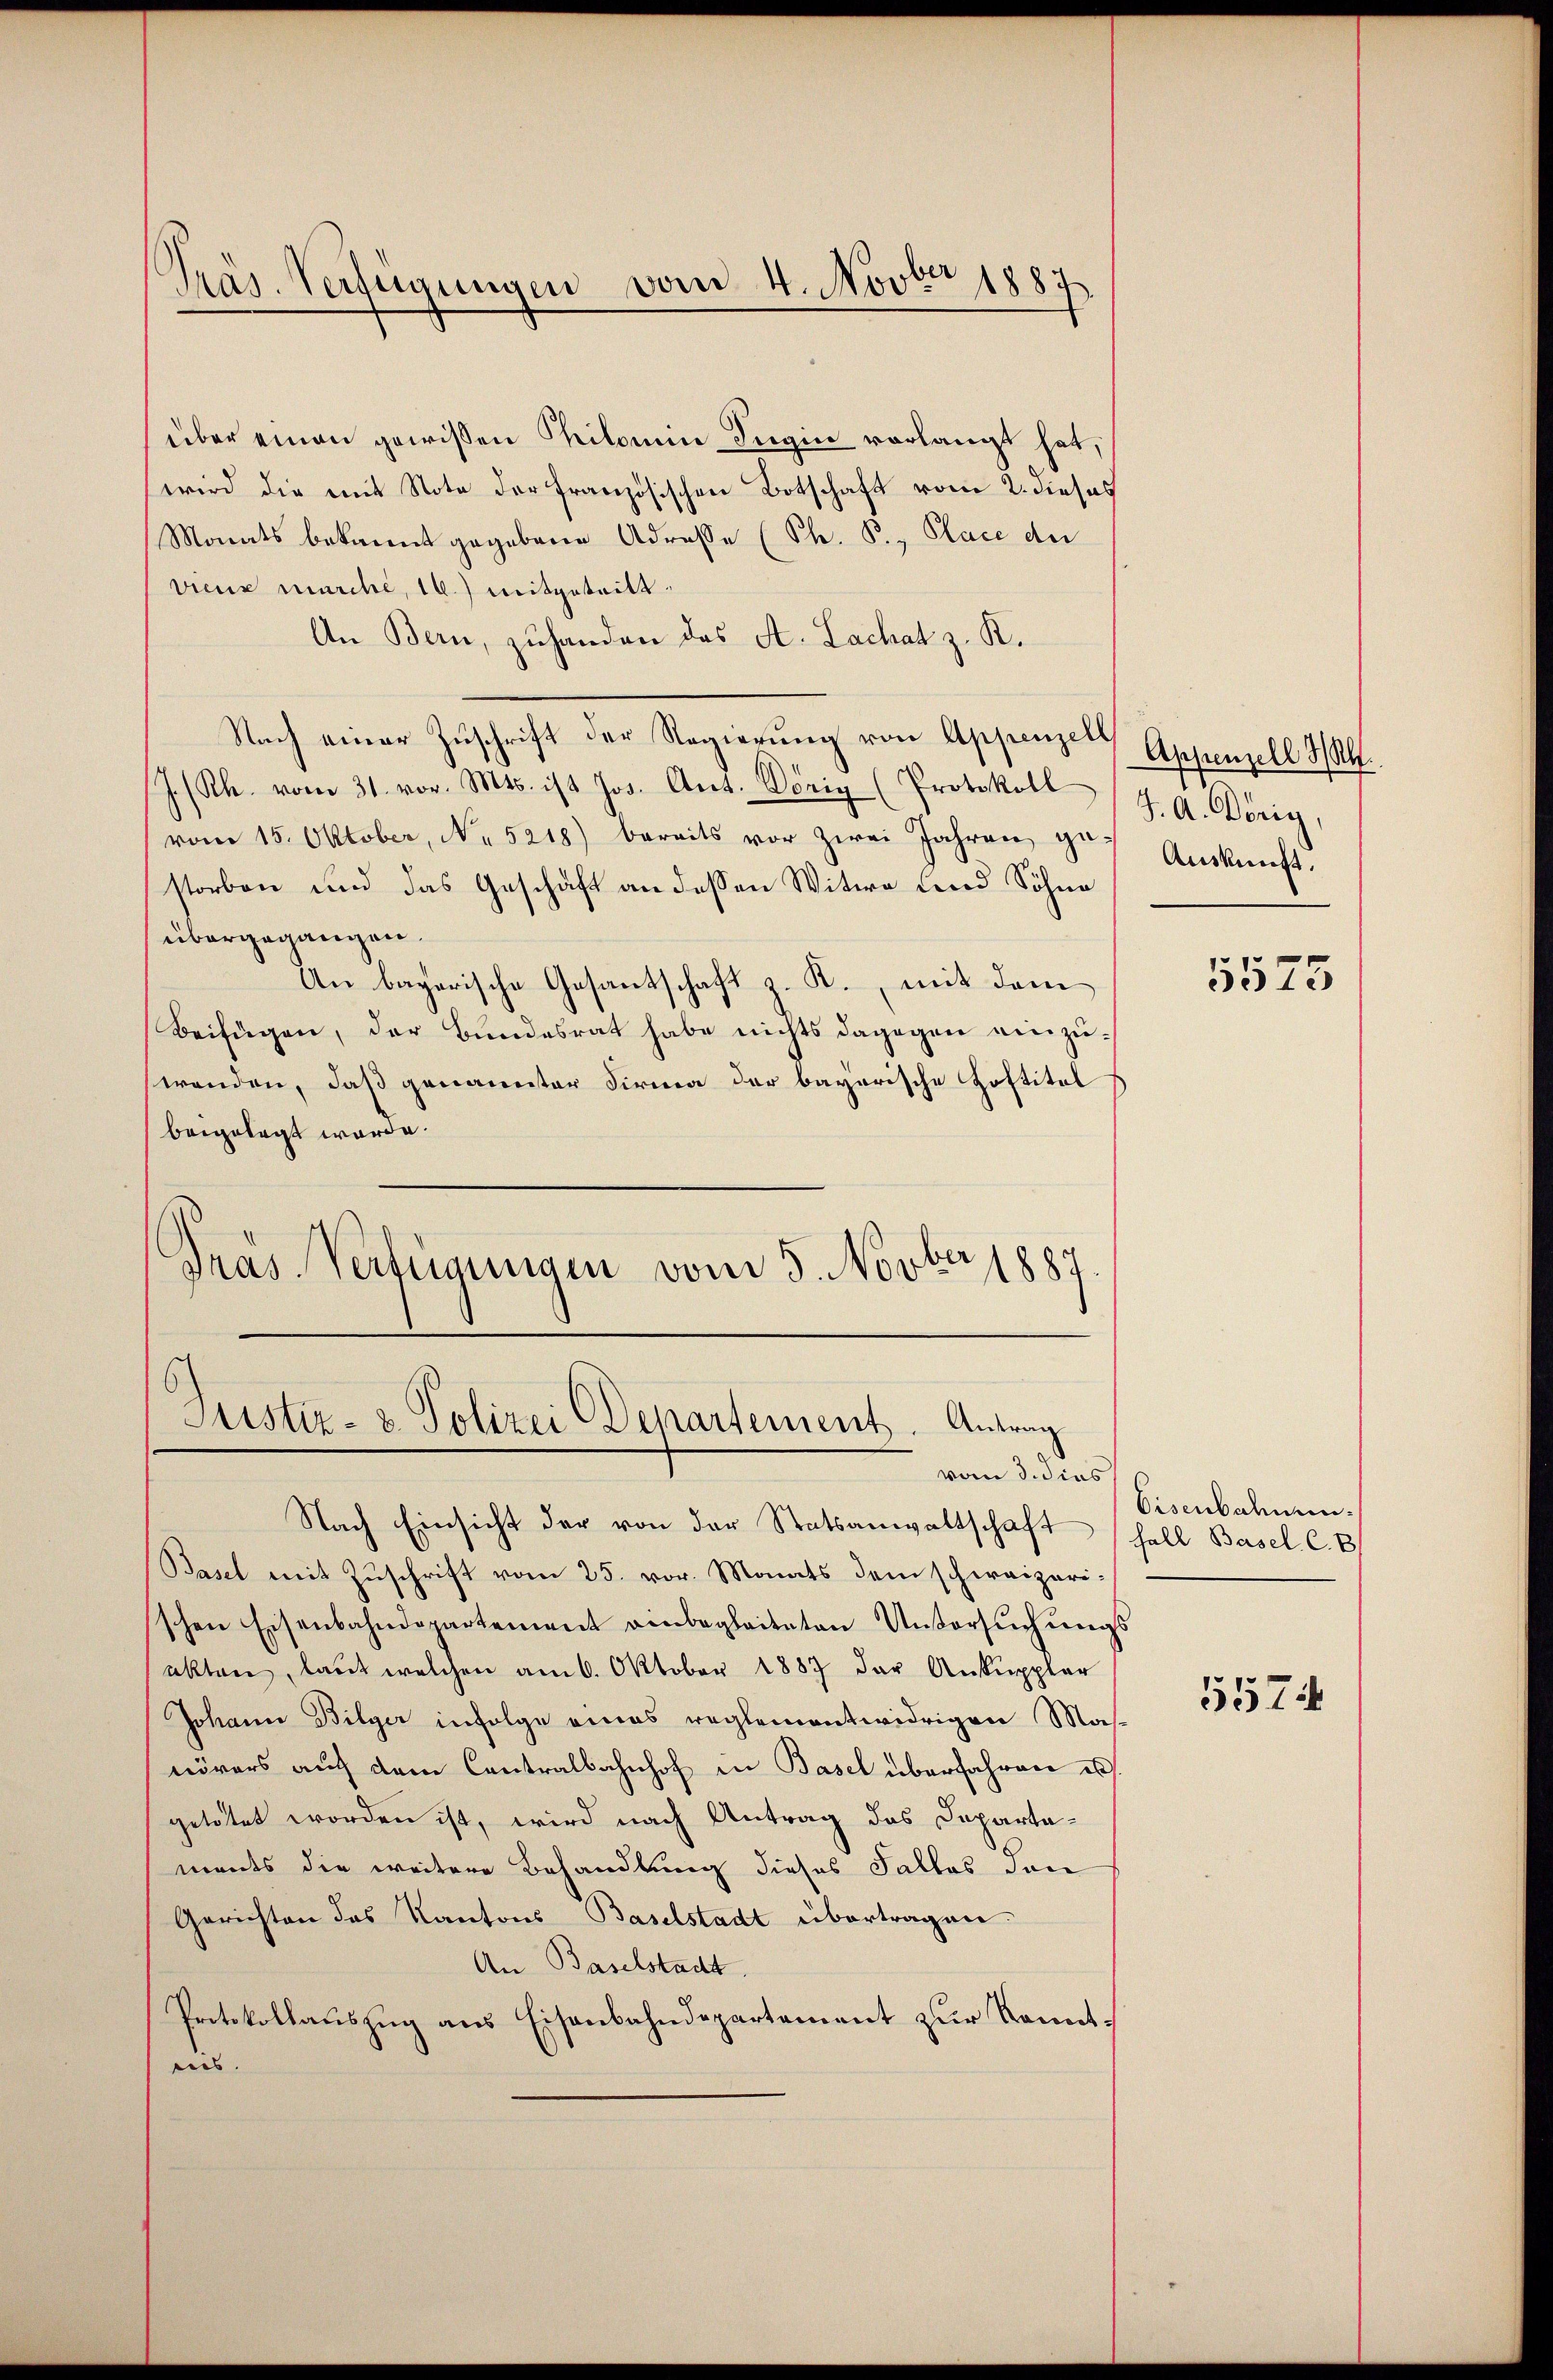
über einen gewissen Philomine Tugin vorlangt hat,
wird die mit Note der Französischen Botschaft vom 2. dieses
Monats bekannt gegebene Adresse (Th. P., Place der
viene marche, 16) mitgeteilt.
An Bern, zuhanden das A. Lachat z. K.
Nach einer Zuschrift der Regierung von Appenzell
J. (Rh. vom 31. vor. Mts. ist Jos. Ant. Vorig (Protokoll
vom 15. Oktober, No 5218) bereits vor zwei Jahren ge-
storben und das Geschäft an dessen Witwe und Söhne
übergegangen.
An bayerische Gesantschaft z. R., mit dem
Beifügen, der Bundesrat habe nichts dagegen einzuwenden, daß genannter Firma der bayerische Hoftitel
beigelegt werde.
Präs. Verfügungen vom 5. Novber 1887

Präs. Verfügungen vom 4. Novber 1887

Justiz- & Polizei Departement. Antrag
vom 3. dies

Nach Einsicht der von der Statsanwaltschaft hall Basel. C. B
Basel mit Zuschrift vom 25. vor. Monats dem schweizerischen Eisenbahndepartement einbegleiteten Untersŭchŭngs-
akten, laut welchen am 6. Oktober 1887 der Ankuppler
Johann Bilger infolge eines reglementwidrigen Mas-
nörers auf dem Contralbahnhof in Basel überfahren es
getötet worden ist, wird nach Antrag das Departaments die weitere Behandlung dieses Falles den
Gerichten das Kantons Baselstadt übertragen.
An Baselstacht
Protokollauszug aus Eisenbahndepartement zur Kenntins.

Appenzell I/Rh.
J. A. König,
Auskunft.

5575

Eisenbahnen.

5574